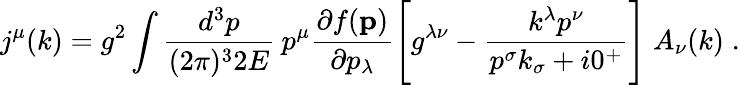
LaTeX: j^{\mu}(k)=g^{2}\int{\frac{d^{3}p}{(2\pi)^{3}2E}}\: p^{\mu}{\frac{\partial f({\mathbf p})}{\partial p_{\lambda}}}\Bigg[g^{\lambda\nu}-{\frac{k^{\lambda}p^{\nu}}{p^{\sigma}k_{\sigma}+i0^{+}}}\Bigg]\; A_{\nu}(k)\; .